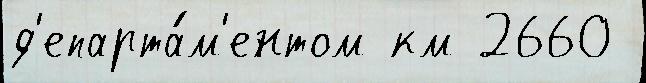
д'епарта́м'ентом км 2660